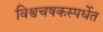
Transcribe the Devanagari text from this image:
विश्वचषकस्पर्धेत